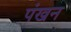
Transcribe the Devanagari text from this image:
पंखन